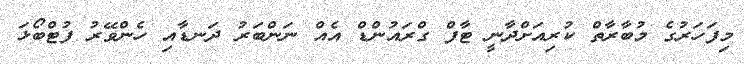
މިފަހަރުގެ މުބާރާތް ކުރިއަށްދާނީ ޓާފް ގްރައުންޑް އެއް ނަންބަރު ދަނޑާއި ހެންވޭރު ފުޓްބޯޅަ